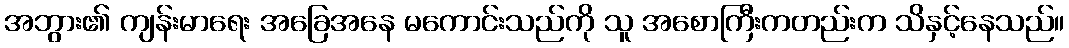
အဘွား၏ ကျန်းမာရေး အခြေအနေ မကောင်းသည်ကို သူ အစောကြီးကတည်းက သိနှင့်နေသည်။